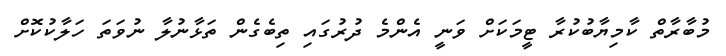
މުބާރާތް ކާމިޔާބުކުރާ ޓީމަކަށް ވަނީ އެންމެ ދުރުގައި ތިބެގެން ތަޅާނުލާ ނުވަތަ ހަލާކުކޮށް